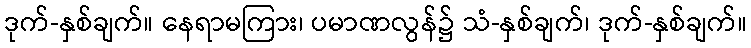
ဒုက်-နှစ်ချက်။ နေရာမကြား၊ ပမာဏလွန်၌ သံ-နှစ်ချက်၊ ဒုက်-နှစ်ချက်။